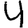
Digit: 4